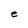
Character: e